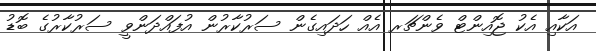
އަކާއި އެކު ޖޮއިންޓް ވެންޗަރ އެއް ހަދައިގެން ސަރުކާރުން އުފައްދަންވީ ސަރުކާރުގެ ބޮޑު